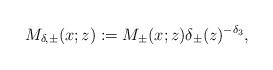
LaTeX: \begin{align*}M_{\delta,\pm }(x;z):=M_{\pm}(x; z) \delta_{\pm}(z)^{-\delta_3},\end{align*}